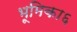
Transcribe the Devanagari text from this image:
भूमिका६